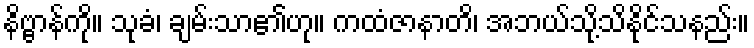
နိဗ္ဗာန်ကို။ သုခံ၊ ချမ်းသာ၏ဟု။ ကထံဇာနာတိ၊ အဘယ်သို့သိနိုင်သနည်း။